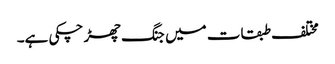
مختلف طبقات میں جنگ چھڑ چکی ہے۔